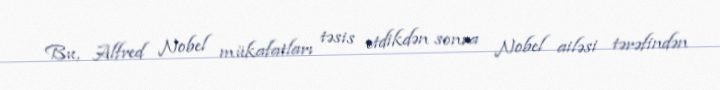
Bu, Alfred Nobel mükafatları təsis etdikdən sonra Nobel ailəsi tərəfindən